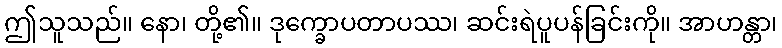
ဤသူသည်။ နော၊ တို့၏။ ဒုက္ခောပတာပဿ၊ ဆင်းရဲပူပန်ခြင်းကို။ အာဟန္တာ၊